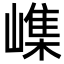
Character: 㠎